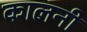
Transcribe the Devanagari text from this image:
कालनी